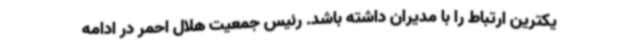
یکترین ارتباط را با مدیران داشته باشد. رئیس جمعیت هلال احمر در ادامه